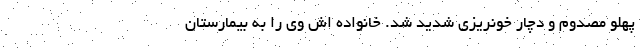
پهلو مصدوم و دچار خونریزی شدید شد. خانواده اش وی را به بیمارستان